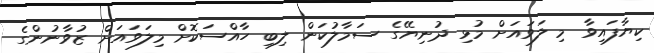
ކިޔާފައިވާ މި ލަވައަށް މުޅި ދުނިޔޭގެ ސަމާލުކަން ލިބި ހާއްސަކޮށް މިލަވައަށް ޒުވާނުންގެ